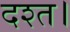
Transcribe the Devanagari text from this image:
दश्त।